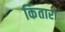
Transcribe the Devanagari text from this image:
किंतारा